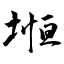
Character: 堩